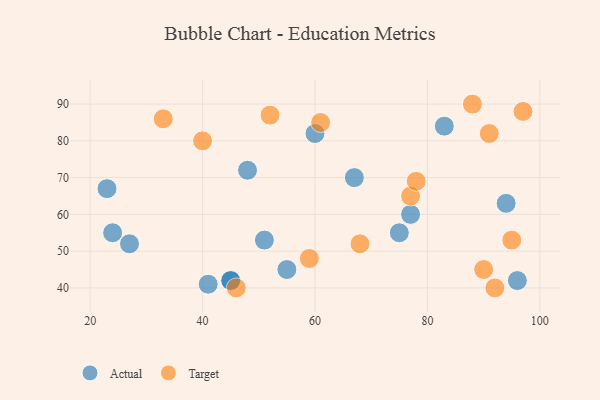
{"axis": {"x": "GDP", "y": "Life Expectancy"}, "legend": ["Actual", "Target"], "data": [{"x": "77", "y": 60, "type": "Actual"}, {"x": "45", "y": 42, "type": "Actual"}, {"x": "83", "y": 84, "type": "Actual"}, {"x": "45", "y": 42, "type": "Actual"}, {"x": "24", "y": 55, "type": "Actual"}, {"x": "27", "y": 52, "type": "Actual"}, {"x": "94", "y": 63, "type": "Actual"}, {"x": "55", "y": 45, "type": "Actual"}, {"x": "51", "y": 53, "type": "Actual"}, {"x": "60", "y": 82, "type": "Actual"}, {"x": "67", "y": 70, "type": "Actual"}, {"x": "48", "y": 72, "type": "Actual"}, {"x": "75", "y": 55, "type": "Actual"}, {"x": "23", "y": 67, "type": "Actual"}, {"x": "96", "y": 42, "type": "Actual"}, {"x": "41", "y": 41, "type": "Actual"}, {"x": "52", "y": 87, "type": "Target"}, {"x": "88", "y": 90, "type": "Target"}, {"x": "46", "y": 40, "type": "Target"}, {"x": "90", "y": 45, "type": "Target"}, {"x": "59", "y": 48, "type": "Target"}, {"x": "77", "y": 65, "type": "Target"}, {"x": "33", "y": 86, "type": "Target"}, {"x": "95", "y": 53, "type": "Target"}, {"x": "68", "y": 52, "type": "Target"}, {"x": "91", "y": 82, "type": "Target"}, {"x": "61", "y": 85, "type": "Target"}, {"x": "40", "y": 80, "type": "Target"}, {"x": "78", "y": 69, "type": "Target"}, {"x": "97", "y": 88, "type": "Target"}, {"x": "92", "y": 40, "type": "Target"}]}